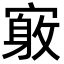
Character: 𪧤